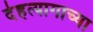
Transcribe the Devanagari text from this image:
देहत्यागाच्या